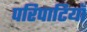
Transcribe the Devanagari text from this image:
परिपाटियाँ